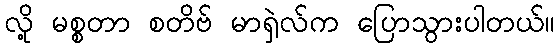
လို့ မစ္စတာ စတိဗ် မာရှဲလ်က ပြောသွားပါတယ်။